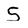
Character: S